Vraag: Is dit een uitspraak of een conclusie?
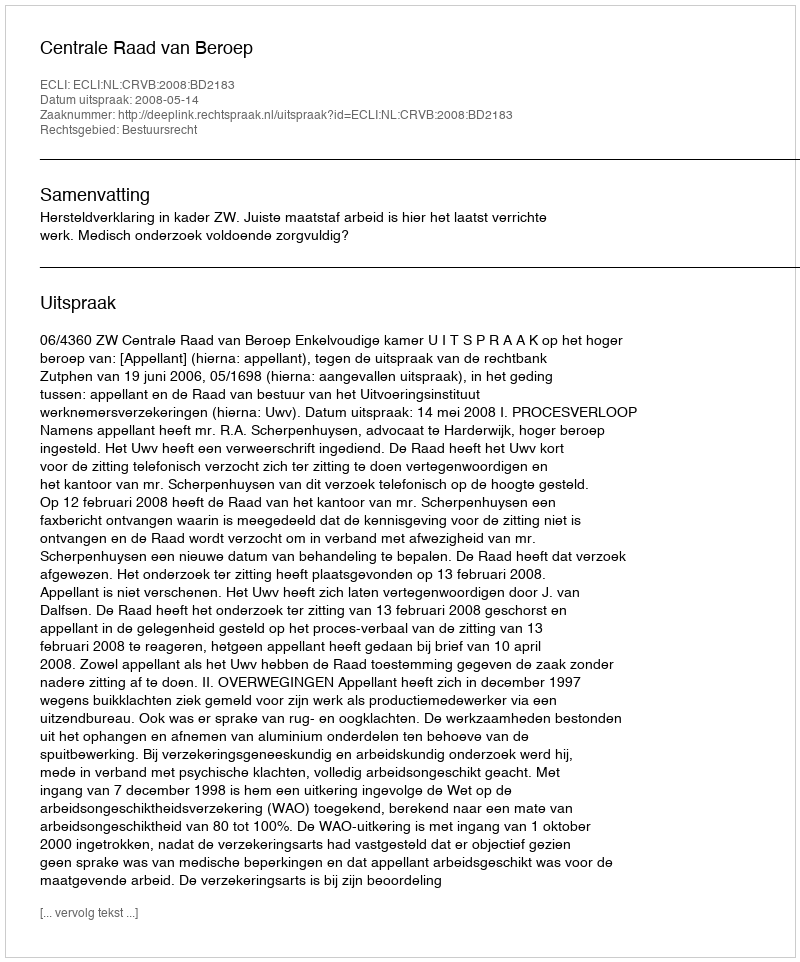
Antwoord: Uitspraak